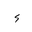
Letter: _hamza